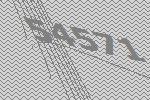
54571